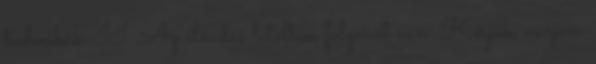
technikák II. Az előadás letöltése folymat van. Kérjük, várjon.